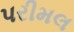
પરીમલ